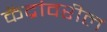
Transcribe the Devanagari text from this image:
केंद्रांवरील